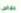
بلباس